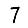
Digit: 7